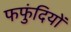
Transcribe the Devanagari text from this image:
फफुंदियों